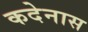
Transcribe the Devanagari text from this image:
कदेनास